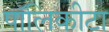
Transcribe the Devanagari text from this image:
पॉलिकीटा